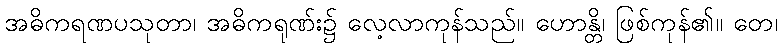
အဓိကရဏပသုတာ၊ အဓိကရုဏ်း၌ လေ့လာကုန်သည်။ ဟောန္တိ၊ ဖြစ်ကုန်၏။ တေ၊